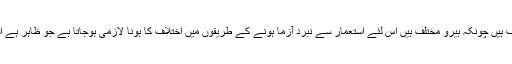
مختلف گروہوں کے ہیروز مختلف ہیں چونکہ ہیرو مختلف ہیں اس لئے استعمار سے نبرد آزما ہونے کے طریقوں میں اختلاف کا ہونا لازمی ہوجاتا ہے جو ظاہر ہے استعمار کے فایدے میں جاتا ہے۔